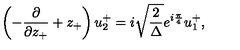
\left( - \frac { \partial } { { \partial } z _ { + } } + z _ { + } \right) u _ { 2 } ^ { + } = i \sqrt { \frac { 2 } { \Delta } } e ^ { i \frac { \pi } { 4 } } u _ { 1 } ^ { + } ,